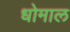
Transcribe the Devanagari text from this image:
धोमाल